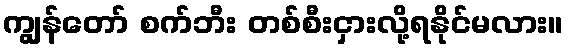
ကျွန်တော် စက်ဘီး တစ်စီးငှားလို့ရနိုင်မလား။